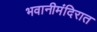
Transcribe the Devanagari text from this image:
भवानीमंदिरात